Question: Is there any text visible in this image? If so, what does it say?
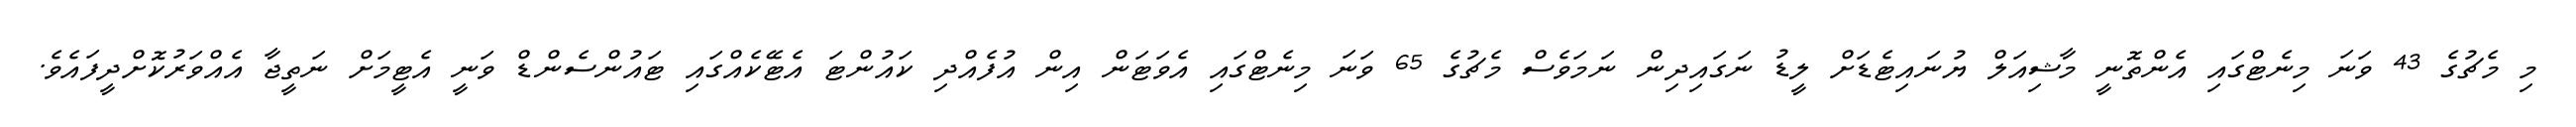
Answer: މި މެޗުގެ 43 ވަނަ މިނެޓްގައި އެންތޮނީ މާޝިއަލް ޔުނައިޓެޑަށް ލީޑު ނަގައިދިން ނަމަވެސް މެޗުގެ 65 ވަނަ މިނެޓްގައި އެވަޓަން އިން އުފެއްދި ކައުންޓަ އެޓޭކެއްގައި ޓައުންސެންޑް ވަނީ އެޓީމަށް ނަތީޖާ އެއްވަރުކޮށްދީފައެވެ.